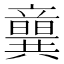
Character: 𥫈